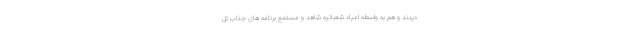
دیدند و هم به واسطه اعیاد شعبانیه شاهد و مستمع برنامه های جذاب تل